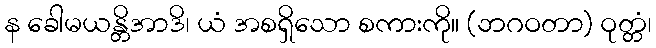
န ခေါမယန္တိအာဒိ၊ ယံ အစရှိသော စကားကို။ (ဘဂဝတာ) ဝုတ္တံ၊